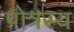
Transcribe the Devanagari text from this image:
पोत्रस्य